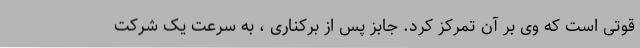
قوتی است که وی بر آن تمرکز کرد. جابز پس از برکناری ، به سرعت یک شرکت